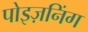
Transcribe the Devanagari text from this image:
पोइज़निंग